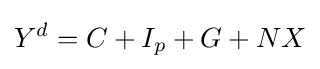
Y^{d}=C+I_{p}+G+NX